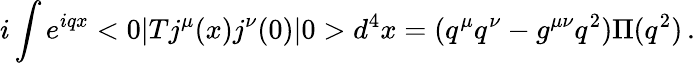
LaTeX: i\int e^{iqx}<0|Tj^{\mu}(x)j^{\nu}(0)|0>d^{4}x=(q^{\mu}q^{\nu}-g^{\mu\nu}q^{2})\Pi(q^{2})\, .